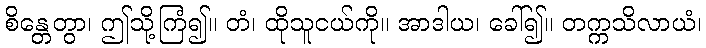
စိန္တေတွာ၊ ဤသို့ကြံ၍။ တံ၊ ထိုသူငယ်ကို။ အာဒါယ၊ ခေါ်၍။ တက္ကသိလာယံ၊